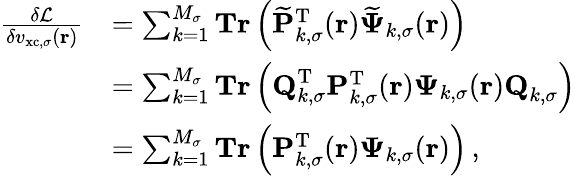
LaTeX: \begin{array}{rl}{\frac{\delta\mathcal{L}}{\delta v_{\mathrm{xc},\sigma}(\boldsymbol{\textbf{r}})}}&{=\sum_{k=1}^{M_{\sigma}}\textbf{Tr}\left(\mathbf{\widetilde{P}}_{k,\sigma}^{\mathrm{T}}(\boldsymbol{\textbf{r}})\boldsymbol{\widetilde{\Psi}}_{k,\sigma}(\boldsymbol{\textbf{r}})\right)}\\ &{=\sum_{k=1}^{M_{\sigma}}\textbf{Tr}\left(\textbf{Q}_{k,\sigma}^{\mathrm{T}}\mathbf{P}_{k,\sigma}^{\mathrm{T}}(\boldsymbol{\textbf{r}})\boldsymbol{\Psi}_{k,\sigma}(\boldsymbol{\textbf{r}})\textbf{Q}_{k,\sigma}\right)}\\ &{=\sum_{k=1}^{M_{\sigma}}\textbf{Tr}\left(\mathbf{P}_{k,\sigma}^{\mathrm{T}}(\boldsymbol{\textbf{r}})\boldsymbol{\Psi}_{k,\sigma}(\boldsymbol{\textbf{r}})\right)\, ,}\end{array}